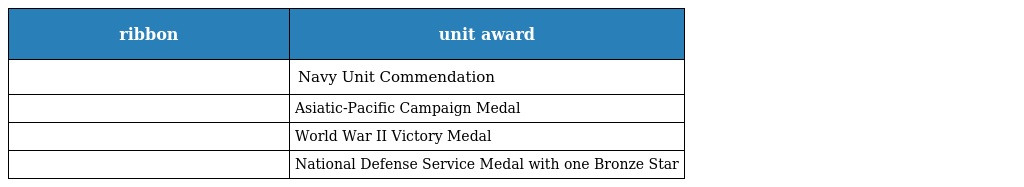
| ribbon | unit award |
 | --- | --- |
 |  | Navy Unit Commendation |
 |  | Asiatic-Pacific Campaign Medal |
 |  | World War II Victory Medal |
 |  | National Defense Service Medal with one Bronze Star |